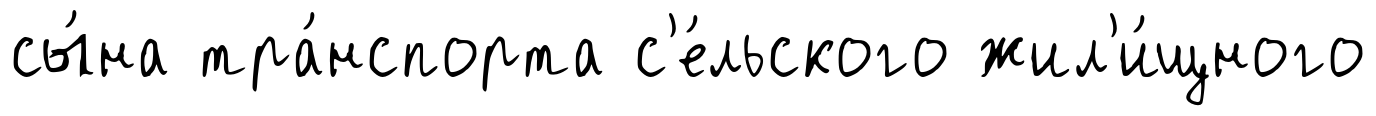
сы́на тра́нспорта с'е́льского жил'и́щного